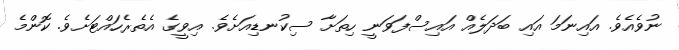
ނުވެއެވެ. އައިނަމަ އައި ބަދަލެއް އައިސްފަވަނީ ހިތަށާ ސިކުނޑިއަށެވެ. އިވީގެ އެތެރެހައްޓަށެވެ. ކޮންމެ